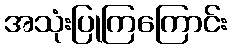
အသုံးပြုကြကြောင်း